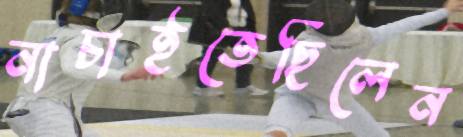
নাচাইতেছিলেন